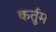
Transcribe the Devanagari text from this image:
कर्तुम